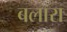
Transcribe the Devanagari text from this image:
बलारा